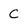
Character: C